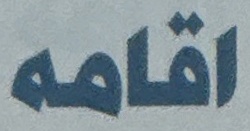
اقامه